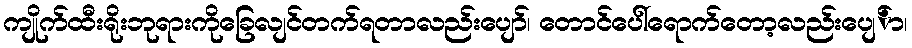
ကျိုက်ထီးရိုးဘုရားကိုခြေလျင်တက်ရတာလည်းပျော်၊ တောင်ပေါ်ရောက်တော့လည်းပျေ်ာ၊